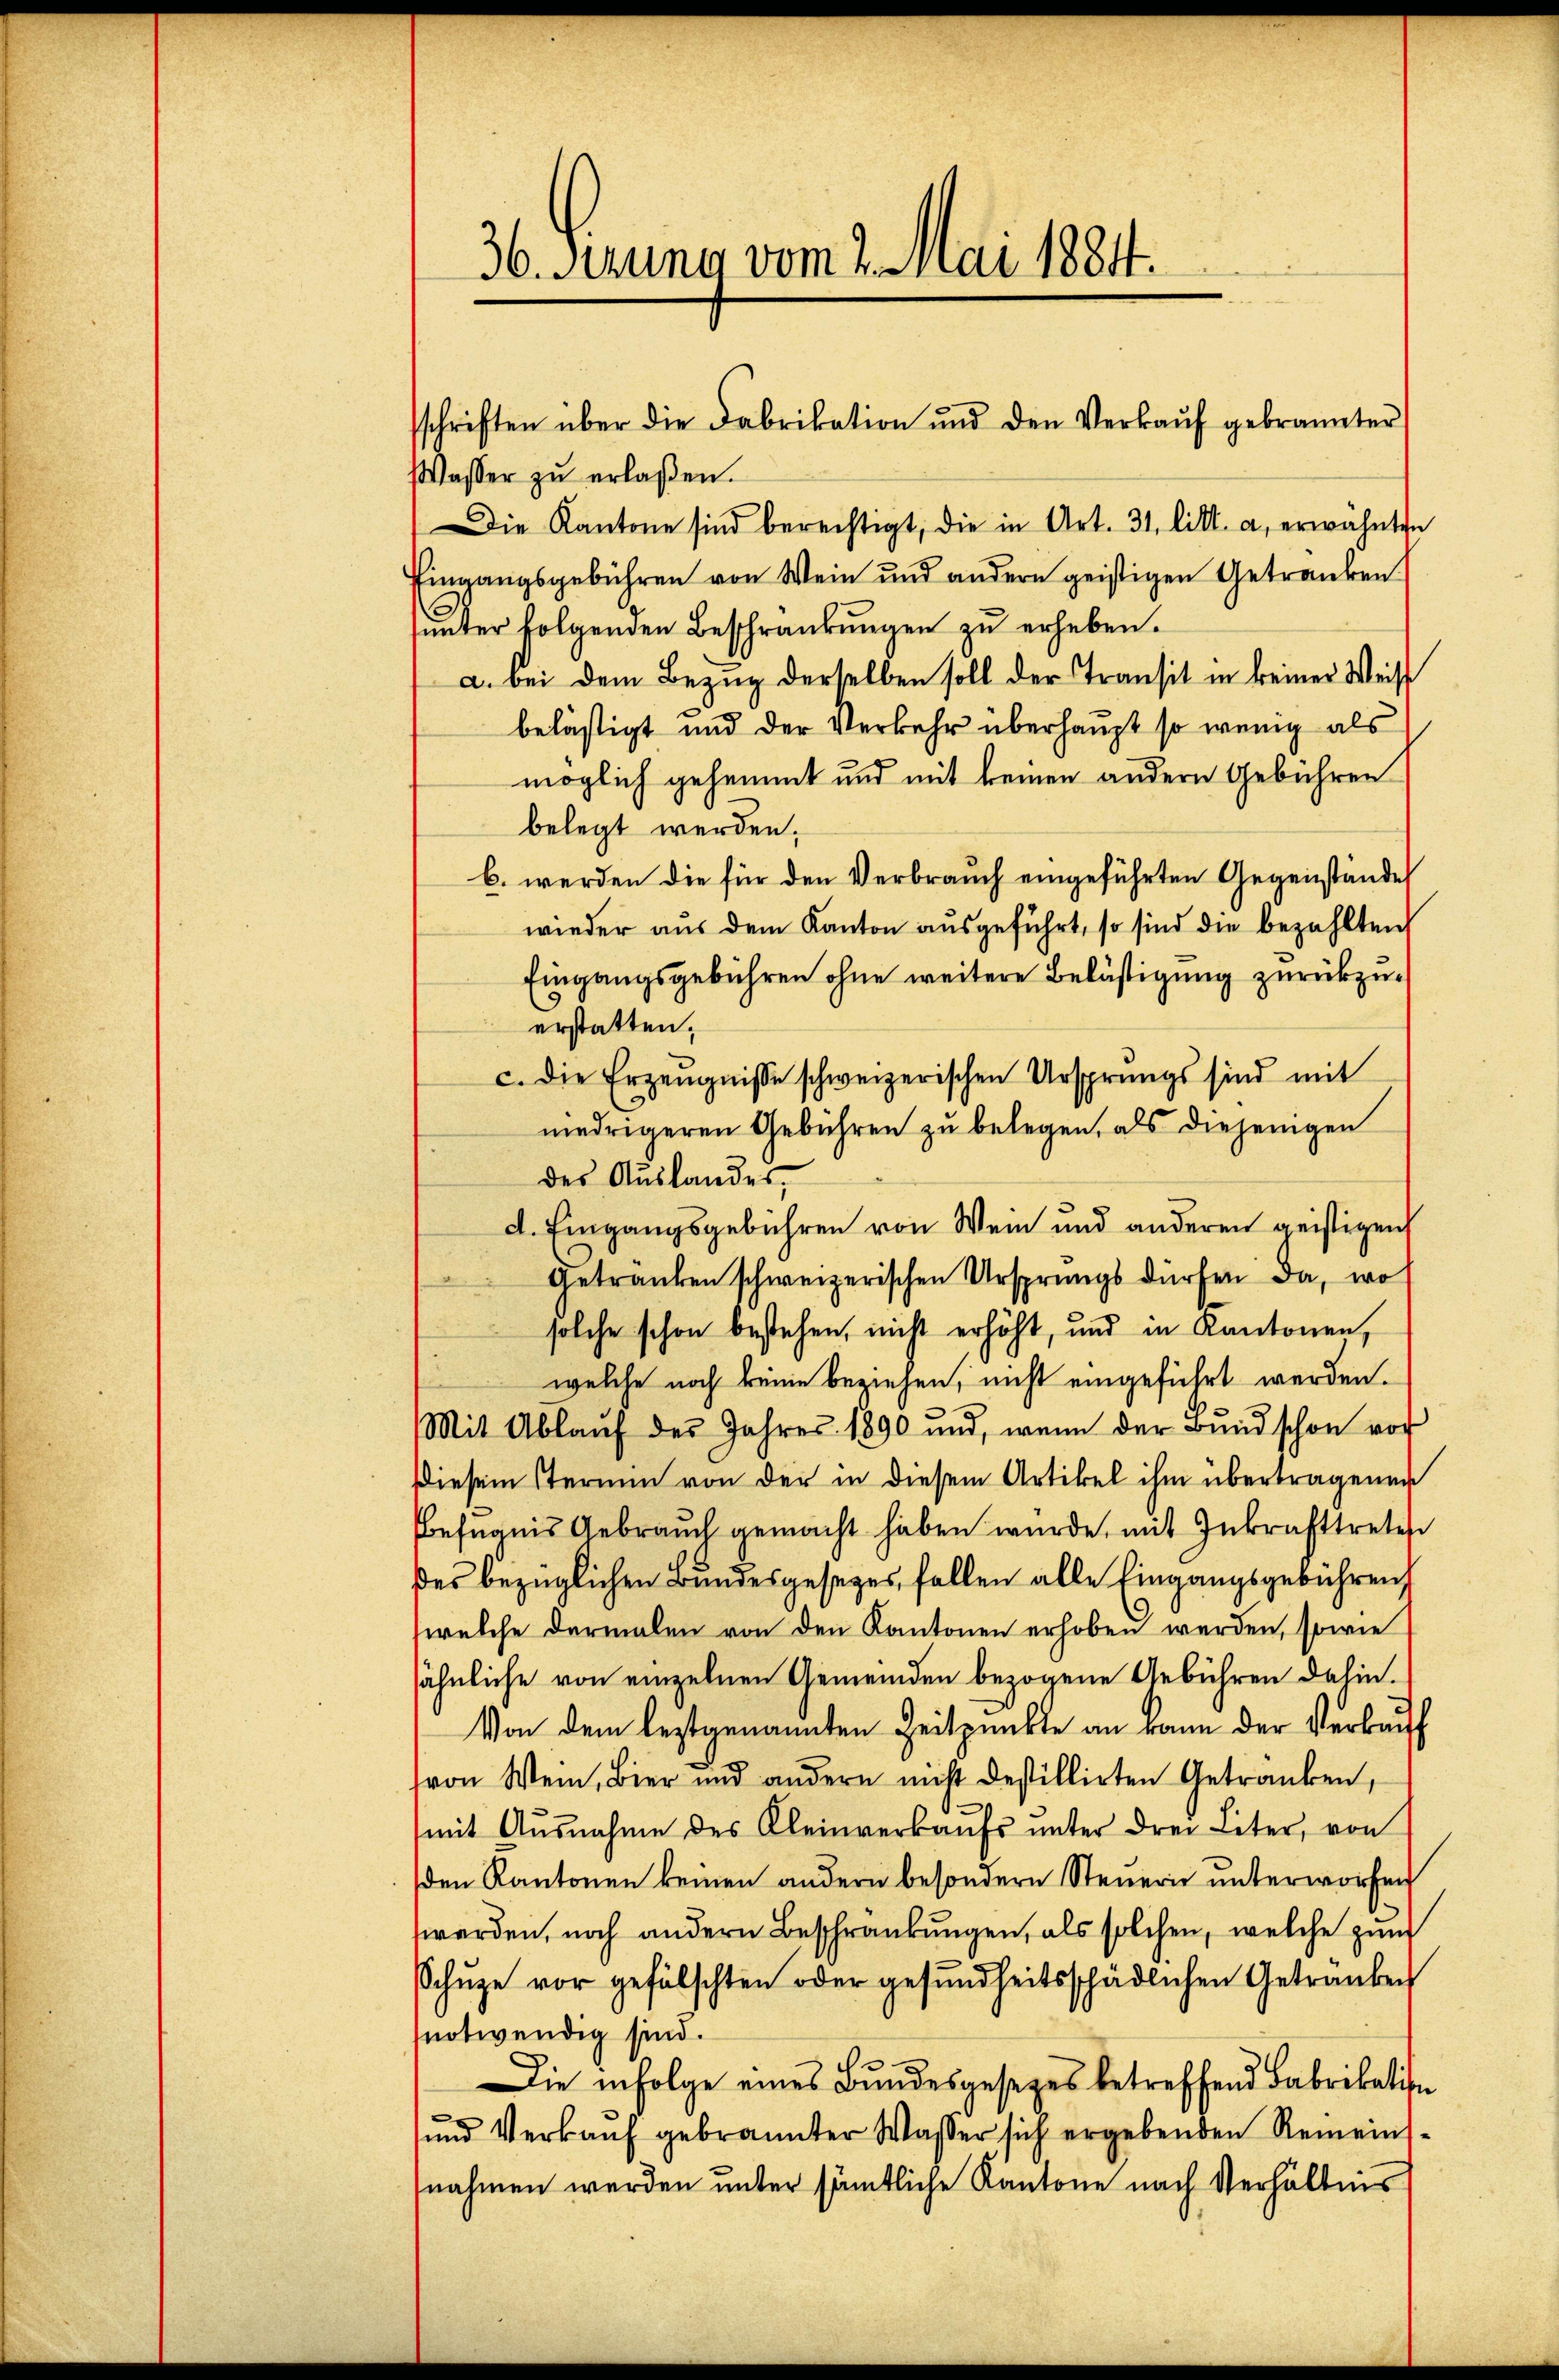
36. Ferina vom 2. Mai 1884.

schriften über die Fabrikation und den Verkaŭf gebrannter

Wasser zŭ erlaßen.
Die Kantone sind berechtigt, die in Art. 31 litt. a, erwähnten
Eingangsgebühren von Wein und andern geistigen Getranken
unter folgenden Beschränkungen zu erheben.
a. bei dem Bezug derselben soll der Transit in keiner Weis
belästigt und der Verkehr überhaupt so wenig als
möglich gehemmt und mit keinen andern Gebühren
belegt werden.
b. werden die für den Verbrauch eingeführten Gegenstände
wieder aŭs dem Kanton aŭsgeführt, so sind die bezahlten,
Eingangsgebühren ohne weitere Belästigung zurückzuerstatten.
c. die Erzeugnisse schweizerischen Ursprungs sind mit
niedrigeren Gebühren zu belegen, als diejenigen
des Auslander
d. Eingangsgebühren von Wein und anderen geistigen
Getranken schweizerischen Ursprungs dürfen da, wo
solche schon bestehen, nicht erhöht, und in Kantonen,
welche noch keine beziehen, nicht eingeführt werden.
Mit Ablaŭf des Jahres 1890 und, wenn der Bund schon vor
Diesem Sternen von der in diesem Artikel ihm übertragenen
Befugnis Gebrauch gemacht haben wurde, mit Inkrafttretes
des bezüglichen Bundesgesezes fallen alle Eingangsgebühren,
welche dermalen von den Kantonen erhoben werden, sowie
sähnliche von einzelnen Gemeinden bezogene Gebühren dahin.
Von dem leztgenannten Zeitpunkte an kann der Verkauff
von Wein, Bier und andern nicht destillirten Getranken,
mit Ausnahme des Kleinverkaufs unter drei Liter, von
den Kantonen keinen andern besondern Steuern unterworfen
werden, noch andern Beschränkungen, als solchen, welche zum
Schŭze vor gefälschten oder gesundheitsschädlichen Getranken
notwendig sind.
Die infolge eines Bundesgesezes betreffend Fabrikation
ŭnd Verkaŭf gebrannter Wasser sich ergebenden Remeins-
nahmen werden unter sämtliche Kantone nach Verhältnis